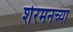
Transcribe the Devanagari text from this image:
शेरमनच्या